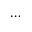
\dots